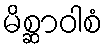
မိစ္ဆာဝါစံ